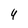
Character: 4